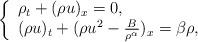
LaTeX: \begin{align*}\left\{\begin{array}{ll}\rho_t+(\rho u)_x=0,\\(\rho u)_t+(\rho u^2-\frac{B}{\rho^{\alpha}})_x=\beta\rho,\end{array}\right.\end{align*}